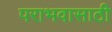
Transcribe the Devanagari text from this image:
पराभवासाठी